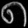
Digit: ၈